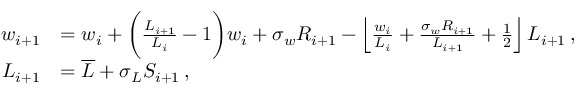
\begin{array} { r l } { w _ { i + 1 } } & { = w _ { i } + \bigg ( \frac { L _ { i + 1 } } { L _ { i } } - 1 \bigg ) w _ { i } + \sigma _ { w } R _ { i + 1 } - \left\lfloor \frac { w _ { i } } { L _ { i } } + \frac { \sigma _ { w } R _ { i + 1 } } { L _ { i + 1 } } + \frac { 1 } { 2 } \right\rfloor L _ { i + 1 } \, , } \\ { L _ { i + 1 } } & { = \overline { { L } } + \sigma _ { L } S _ { i + 1 } \, , } \end{array}